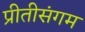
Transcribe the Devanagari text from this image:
प्रीतीसंगम